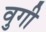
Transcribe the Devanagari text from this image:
वुगी